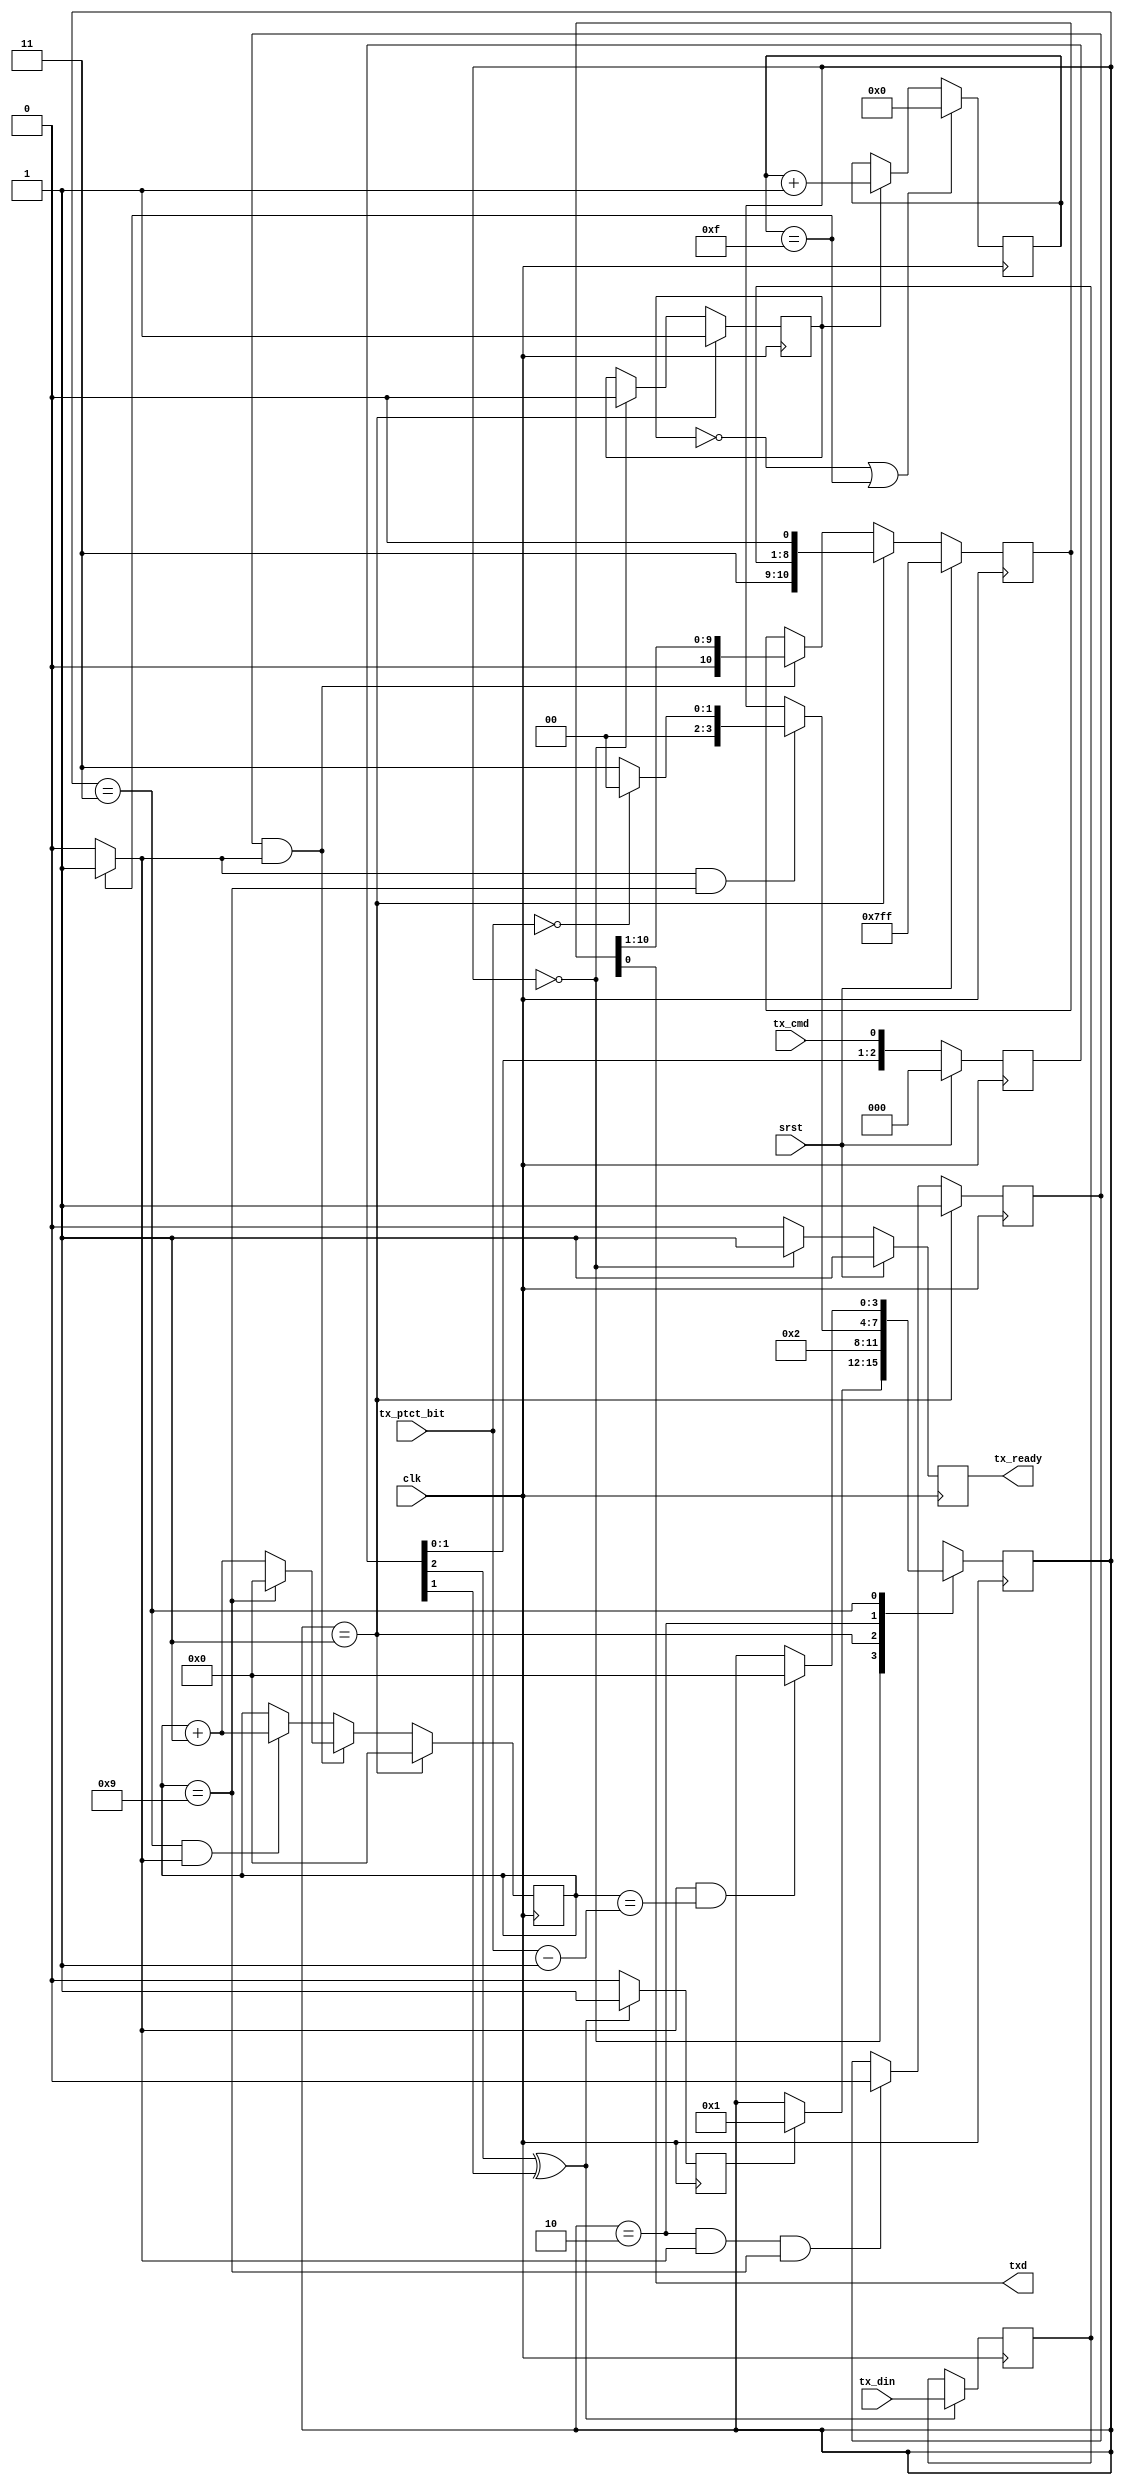

//`timescale 1ns/1ns

module uat #(
   parameter   SAMPLE_RATE   = 16  ,//clk_rate/baud_rate
   parameter   VERIFY_EN     = 0   ,//1 = enable
   parameter   VERIFY_MODE   = 0    //0 = even,1=odd
)(
    input   wire        clk,
    input   wire        srst,
    input   wire[3:0]   tx_ptct_bit,
    input   wire[7:0]   tx_din,
    input   wire        tx_cmd,
    output  reg         tx_ready,
    output  wire        txd
);
//--------------------------------------
parameter   START   = 1'b0;
parameter   STOP    = 1'b1;
//----------------------------
parameter   IDLE    =   4'd0;
parameter   LOAD    =   4'd1;
parameter   SHIFT   =   4'd2;
parameter   PTCT    =   4'd3;
parameter   DFT     =   4'hx;
//--------------------------------------
wire[3:0]   valid_shift_num = 4'd9;
reg [3:0]   tx_state = IDLE;
reg [3:0]   shift_cnt = 4'd0;
reg         shift_en = 1'd0;
reg         baud_gen_en = 1'd0;
reg [9:0]   sample_cnt = 10'h0;
wire        baud_smpl;

always @(posedge clk)begin
   if((baud_gen_en == 1'b0)||(sample_cnt == (SAMPLE_RATE - 1)))
      sample_cnt <= 10'h0;
   else if(baud_gen_en == 1'b1)
      sample_cnt <= sample_cnt + 1'b1; 
end

assign baud_smpl = (sample_cnt == (SAMPLE_RATE - 1))? 1'b1 : 1'b0;

reg[2:0] tx_cmd_r = 3'b0;
always @(posedge clk)begin
    if(srst)
        tx_cmd_r   <= 3'b0;
    else
        tx_cmd_r   <= {tx_cmd_r[1:0],tx_cmd};
end

reg tx_cmd_flag = 1'b0;
always @(posedge clk)begin
    if (tx_cmd_r[2] ^ tx_cmd_r[1])
        tx_cmd_flag   <= 1'b1;
    else
        tx_cmd_flag   <= 1'b0;
end

reg[7:0] din_reg;
always @(posedge clk)begin
    if (tx_cmd_r[2] ^ tx_cmd_r[1])
        din_reg   <= tx_din;
end

always @(posedge clk) begin
        case(tx_state)
            IDLE:begin
                    if(tx_cmd_flag) 
                        tx_state    <= LOAD;
                end
            LOAD:begin
                    tx_state    <= SHIFT;
                end
            SHIFT:begin
                    if((baud_smpl == 1'b1) && (shift_cnt == valid_shift_num)) begin //shift_cnt
                        if(tx_ptct_bit == 4'd0) begin //
                                tx_state    <= IDLE; //                        
                        end
                        else
                            tx_state    <= PTCT;     //                 
                    end
                end
            PTCT:begin
                    if((baud_smpl == 1'b1) && (shift_cnt == tx_ptct_bit - 4'd1)) begin
                            tx_state    <= IDLE;
                    end                         
                end
            default:begin
                    tx_state    <= DFT;
                end
        endcase
end
//---------------
initial begin
   tx_ready = 1'b1;
end

always @(posedge clk) begin   
    if(srst == 1'b1)
        tx_ready        <= 1'b1;
    else if(tx_state == IDLE)
        tx_ready        <= 1'b1;
    else
        tx_ready        <= 1'b0;
end
//--------------- 
always @(posedge clk) begin  
    if(tx_state == LOAD)
        baud_gen_en    <= 1'b1;
    else if(tx_state == IDLE)
        baud_gen_en    <= 1'b0;
end

always @(posedge clk) begin  
    if(tx_state == LOAD)
        shift_en    <= 1'b1;
    else if((tx_state == SHIFT) && (baud_smpl == 1'b1) && (shift_cnt == valid_shift_num))
        shift_en    <= 1'b0;
end

always @(posedge clk) begin  //
    if(tx_state == LOAD)
        shift_cnt   <= 4'd0;
    else if((shift_en == 1'b1) && (baud_smpl == 1'b1)) begin //shift_cnt 1 shift_cnt 1  
        if(shift_cnt == valid_shift_num)
            shift_cnt   <= 4'd0;
        else
            shift_cnt   <= shift_cnt + 1'b1;        
    end
    else if((tx_state == PTCT) && (baud_smpl == 1'b1))
        shift_cnt   <= shift_cnt + 1'b1;
end

reg[10:0]   shift_reg = 11'h7ff;
wire        verify_bit = (^din_reg[7:0]) ^ VERIFY_MODE;
always @(posedge clk) begin
    if(srst == 1'b1)
        shift_reg   <= 11'h7ff;
    else if((tx_state == LOAD)) begin  //
        if(VERIFY_EN == 1'b1) 
            shift_reg   <= {STOP,verify_bit,din_reg,START};
        else 
            shift_reg   <= {STOP,STOP,din_reg,START};
    end
    else if((shift_en == 1'b1) && (baud_smpl == 1'b1))      //
        shift_reg   <= shift_reg    >> 1;
end
assign  txd = shift_reg[0];


endmodule